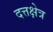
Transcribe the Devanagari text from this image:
दत्तक्षेत्र